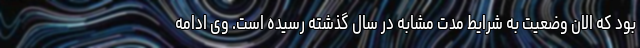
بود که الان وضعیت به شرایط مدت مشابه در سال گذشته رسیده است. وی ادامه